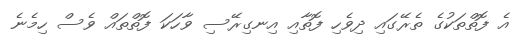
އެ ފޮތްތަކުގެ ތެރޭގައި ދިވެހި ފޮތާއި އިނގިރޭސި ވާހަކަ ފޮތްތައް ވެސް ހިމެނެ